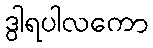
ဒွါရပါလကော